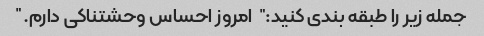
جمله زیر را طبقه بندی کنید: "امروز احساس وحشتناکی دارم."